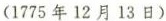
(1775年12月13日)